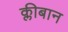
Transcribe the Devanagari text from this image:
क्लीबान